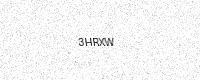
Text: 3HRXW